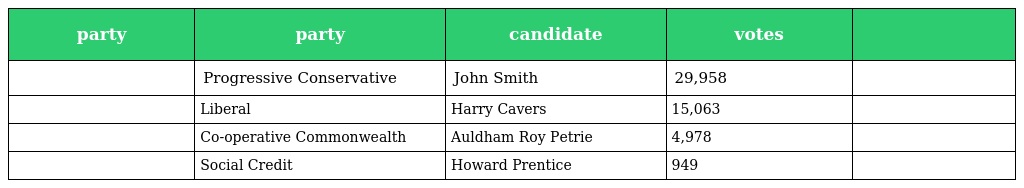
| party | party | candidate | votes |  |
 | --- | --- | --- | --- | --- |
 |  | Progressive Conservative | John Smith | 29,958 |  |
 |  | Liberal | Harry Cavers | 15,063 |  |
 |  | Co-operative Commonwealth | Auldham Roy Petrie | 4,978 |  |
 |  | Social Credit | Howard Prentice | 949 |  |